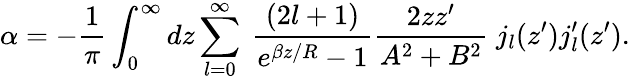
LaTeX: \alpha=-\frac{1}{\pi}\int_{0}^{\infty}dz\sum_{l=0}^{\infty}\: \frac{(2l+1)}{e^{\beta z/R}-1}\frac{2zz^{\prime}}{A^{2}+B^{2}}\; j_{l}(z^{\prime})j_{l}^{\prime}(z^{\prime}).